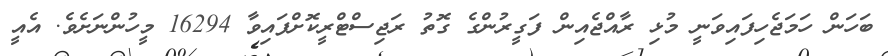
ބަހަން ހަމަޖެހިފައިވަނީ މުޅި ރާއްޖެއިން ފަގީރުންގެ ގޮތު ރަޖިސްޓްރީކޮށްފައިވާ 16294 މީހުންނަށެވެ. އެއީ